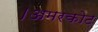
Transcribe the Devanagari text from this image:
।अमरकोट